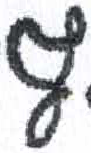
אות: ף